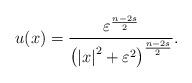
LaTeX: \begin{align*} u(x)=\frac{\varepsilon ^{\frac{n-2s}{2}}}{\left( \left\vert x\right\vert^{2}+\varepsilon ^{2}\right) ^{\frac{n-2s}{2}}} .\end{align*}